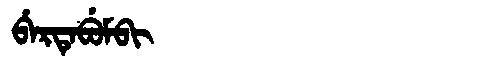
Manchu: ᠪᡝᡵᡨᡝᠪᡠᠮᠪᡳ
Romanization: BERTEBUMBI